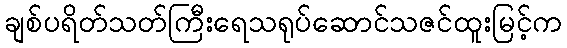
ချစ်ပရိတ်သတ်ကြီးရေသရုပ်ဆောင်သဇင်ထူးမြင့်က